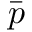
\bar { p }